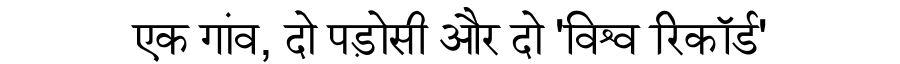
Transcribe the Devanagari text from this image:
एक गांव, दो पड़ोसी और दो 'विश्व रिकॉर्ड'